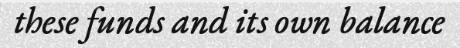
these funds and its own balance